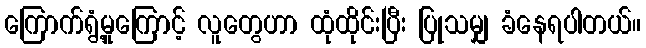
ကြောက်ရွံ့မှုကြောင့် လူတွေဟာ ထုံထိုင်းပြီး ပြုသမျှ ခံနေရပါတယ်။